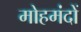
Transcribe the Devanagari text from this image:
मोहमंदों